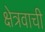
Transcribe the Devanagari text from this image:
क्षेत्रवाची